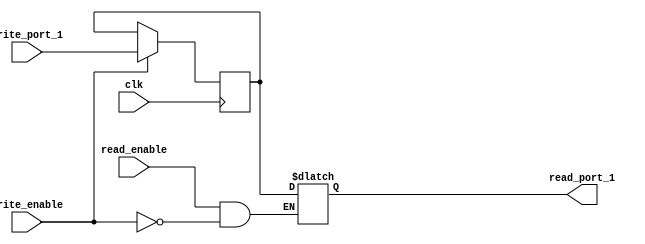
module registerQ3 #(
    parameter DATA_WIDTH = 8
)(
    input [(DATA_WIDTH-1):0] write_port_1,
    input clk,
    input read_enable,
    input write_enable,
    output reg [(DATA_WIDTH-1):0] read_port_1
);

    reg [(DATA_WIDTH-1):0] reg_data;

    always @(posedge clk) begin
        if (write_enable) begin
            reg_data <= write_port_1;
        end
    end

    always @(*) begin
        if (read_enable && !write_enable) begin
            read_port_1 = reg_data;
        end
    end

endmodule